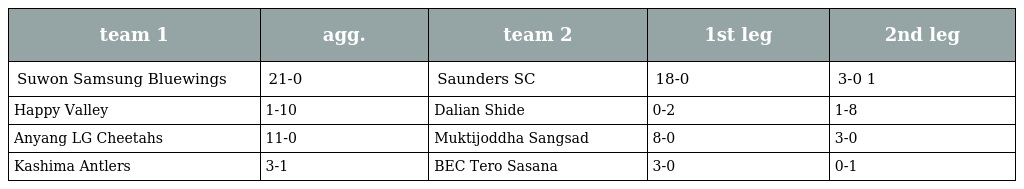
| team 1 | agg. | team 2 | 1st leg | 2nd leg |
 | --- | --- | --- | --- | --- |
 | Suwon Samsung Bluewings | 21-0 | Saunders SC | 18-0 | 3-0 1 |
 | Happy Valley | 1-10 | Dalian Shide | 0-2 | 1-8 |
 | Anyang LG Cheetahs | 11-0 | Muktijoddha Sangsad | 8-0 | 3-0 |
 | Kashima Antlers | 3-1 | BEC Tero Sasana | 3-0 | 0-1 |